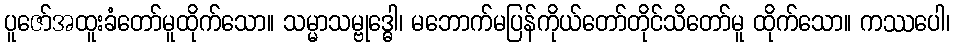
ပူဇော်အထူးခံတော်မူထိုက်သော။ သမ္မာသမ္ဗုဒ္ဓေါ၊ မဘောက်မပြန်ကိုယ်တော်တိုင်သိတော်မူ ထိုက်သော။ ကဿပေါ၊